Source: Handwritten
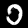
Digit: ၁ (1)